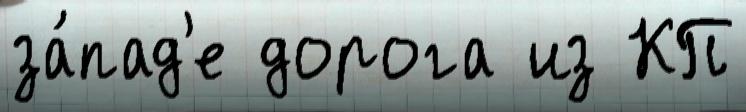
за́пад'е дорога из КП